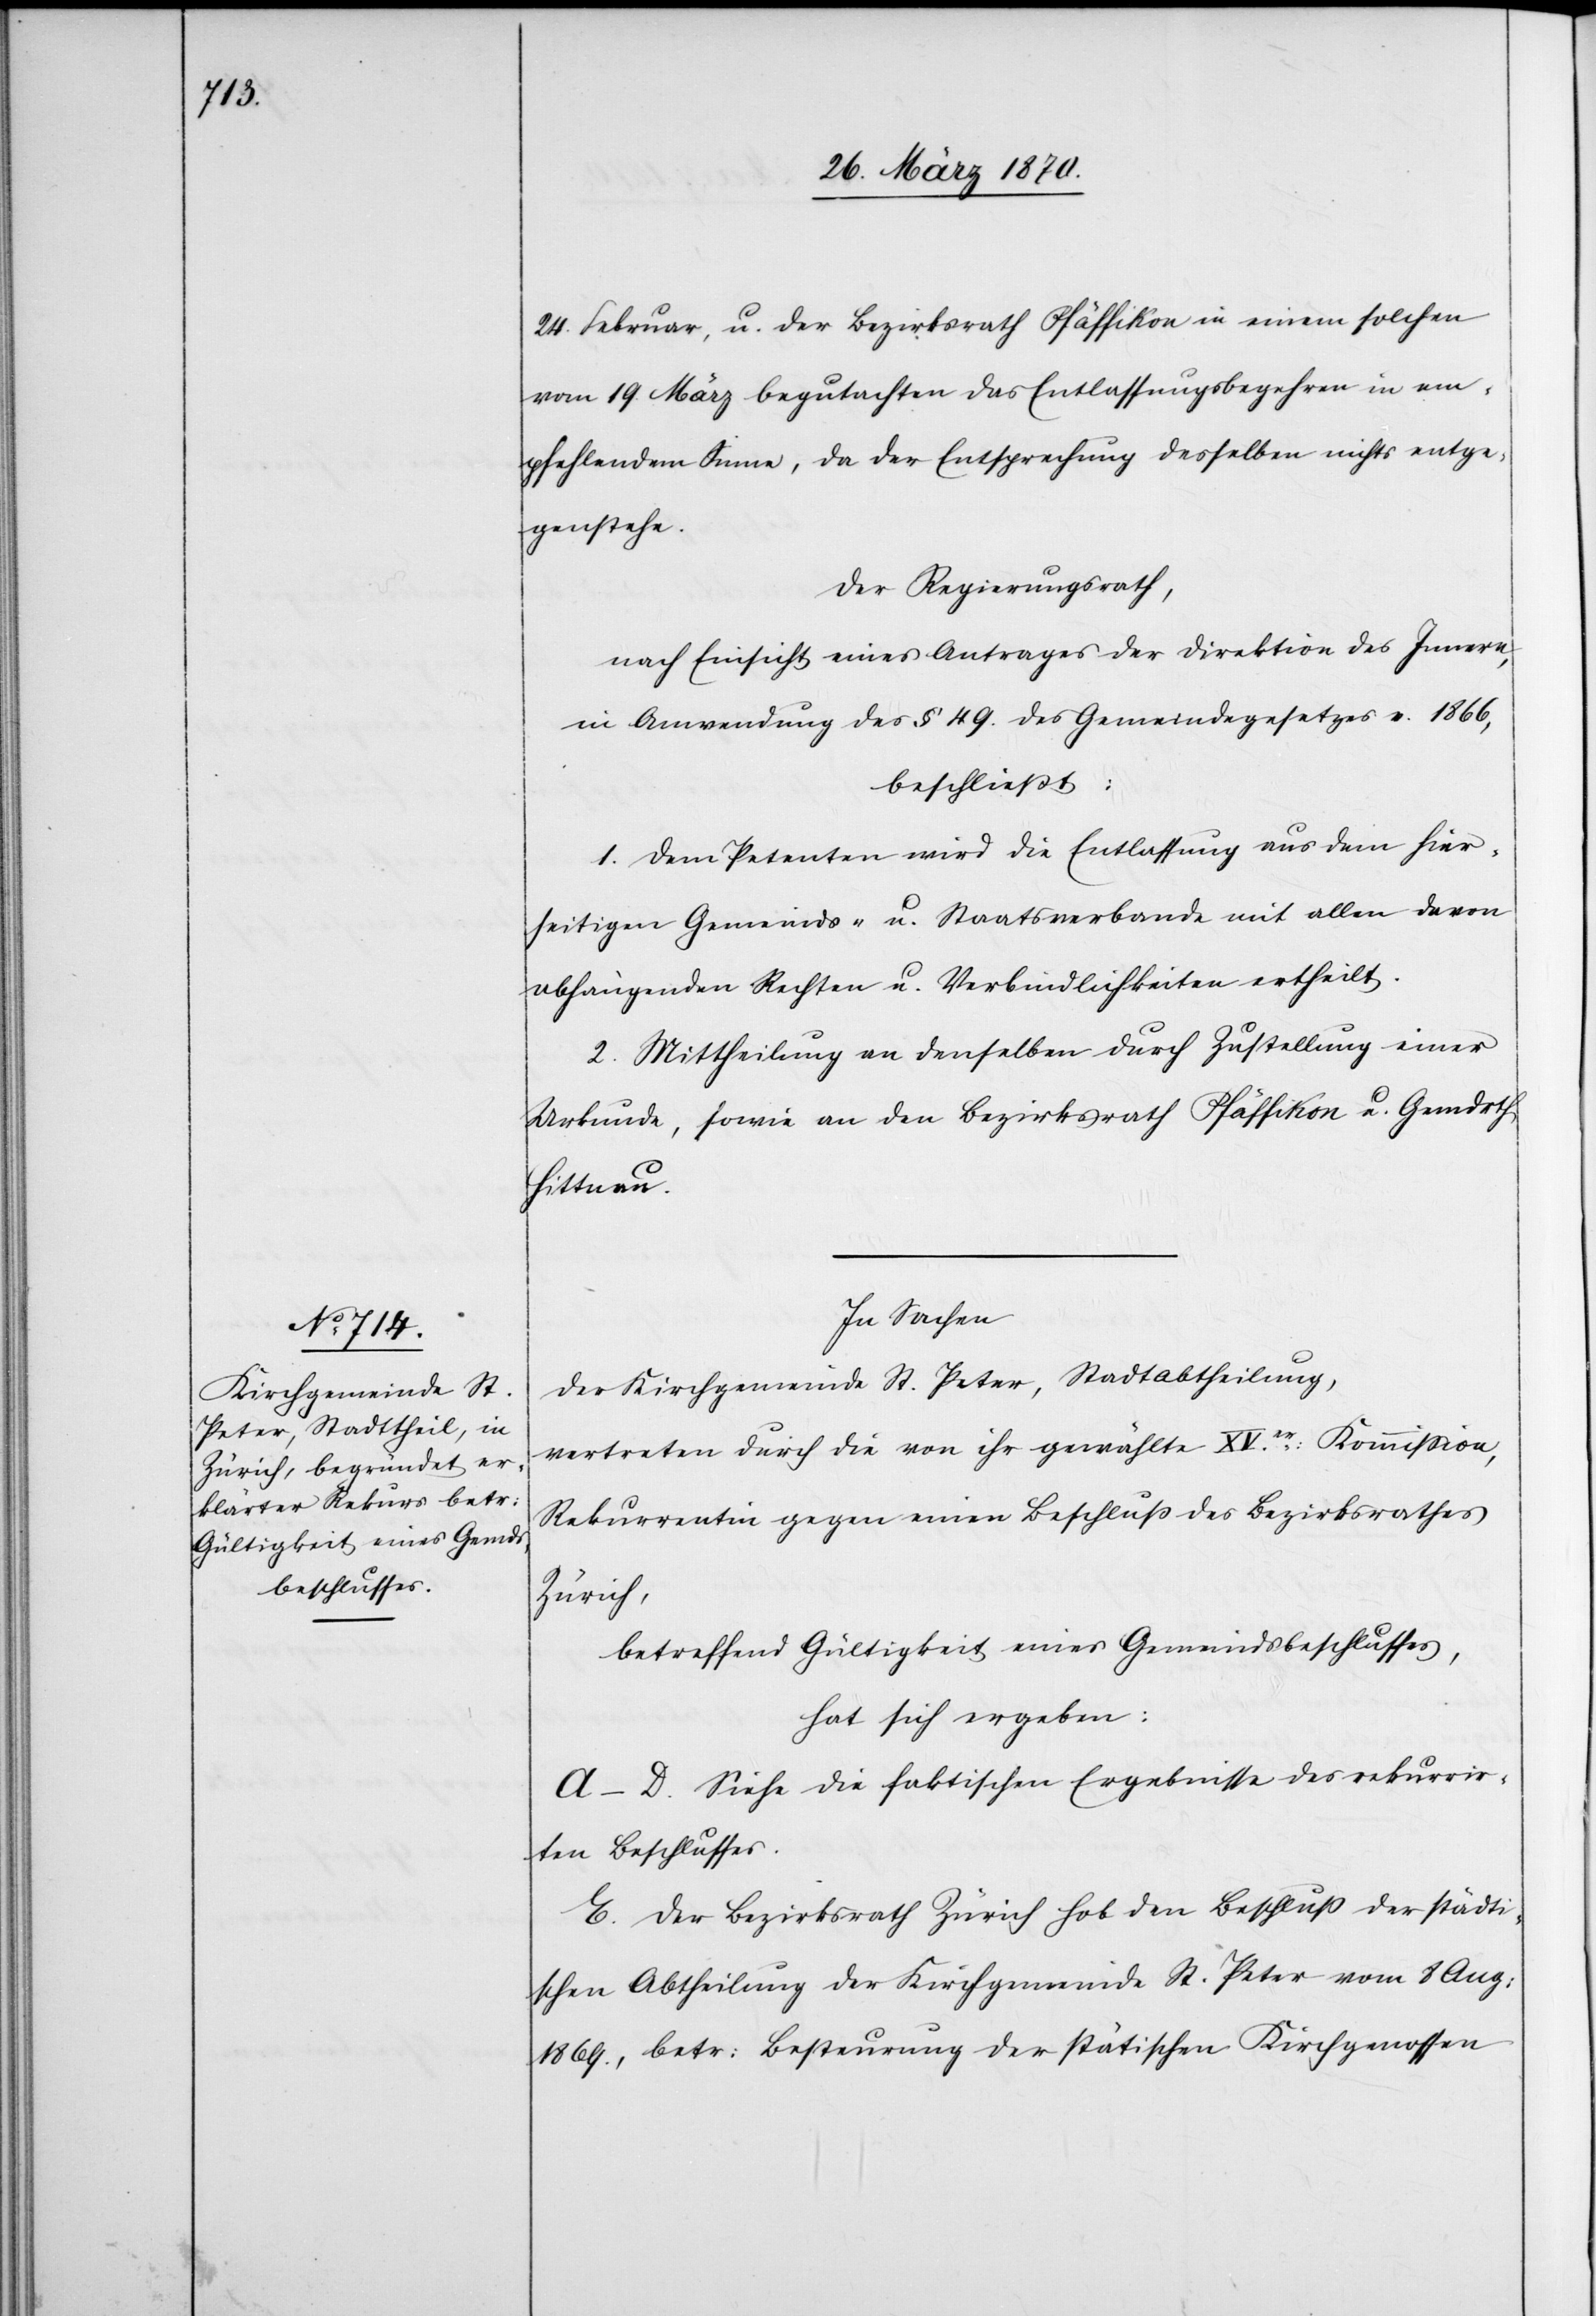
24. Februar, u. der Bezirksrath Pfäffikon in einem solchen
vom 19. März begutachten das Entlassungsbegehren in em¬
pfehlendem Sinne, da der Entsprechung desselben nichts entge¬
genstehe.
Der Regierungsrath,
nach Einsicht eines Antrages der Direktion des Innern,
in Anwendung des § 49. des Gemeindegesetzes v. 1866.
beschließt:
1. Dem Petenten wird die Entlassung aus dem hier¬
seitigen Gemeinds- u. Staatsverbande mit allen davon
abhängenden Rechten u. Verbindlichkeiten ertheilt.
2. Mittheilung an denselben durch Zustellung einer
Urkunde, sowie an den Bezirksrath Pfäffikon u. Gemdrth
Hittnau.
In Sachen
der Kirchgemeinde St. Peter, Stadtabtheilung,
vertreten durch die von ihr gewählte XV.er Kommission,
Rekurrentin gegen einen Beschluß des Bezirksrathes
Zürich,
betreffend Gültigkeit eines Gemeindsbeschlusses,
hat sich ergeben:
A–D. Siehe die faktischen Ergebnisse des rekurrir¬
ten Beschlusses.
E. Der Bezirksrath Zürich hob den Beschluß der städti¬
schen Abtheilung der Kirchgemeinde St. Peter vom 8 Aug:
1869., betr: Besteurung der stätischen Kirchgenossen